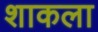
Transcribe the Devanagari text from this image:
शाकला